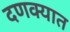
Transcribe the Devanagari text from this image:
दणक्यात